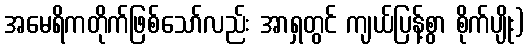
အမေရိကတိုက်ဖြစ်သော်လည်း အာရှတွင် ကျယ်ပြန့်စွာ စိုက်ပျိုး)